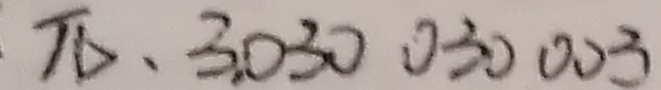
\pi . 3 0 3 0 0 3 0 0 0 3